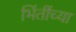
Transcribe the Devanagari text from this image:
भिंतींच्या